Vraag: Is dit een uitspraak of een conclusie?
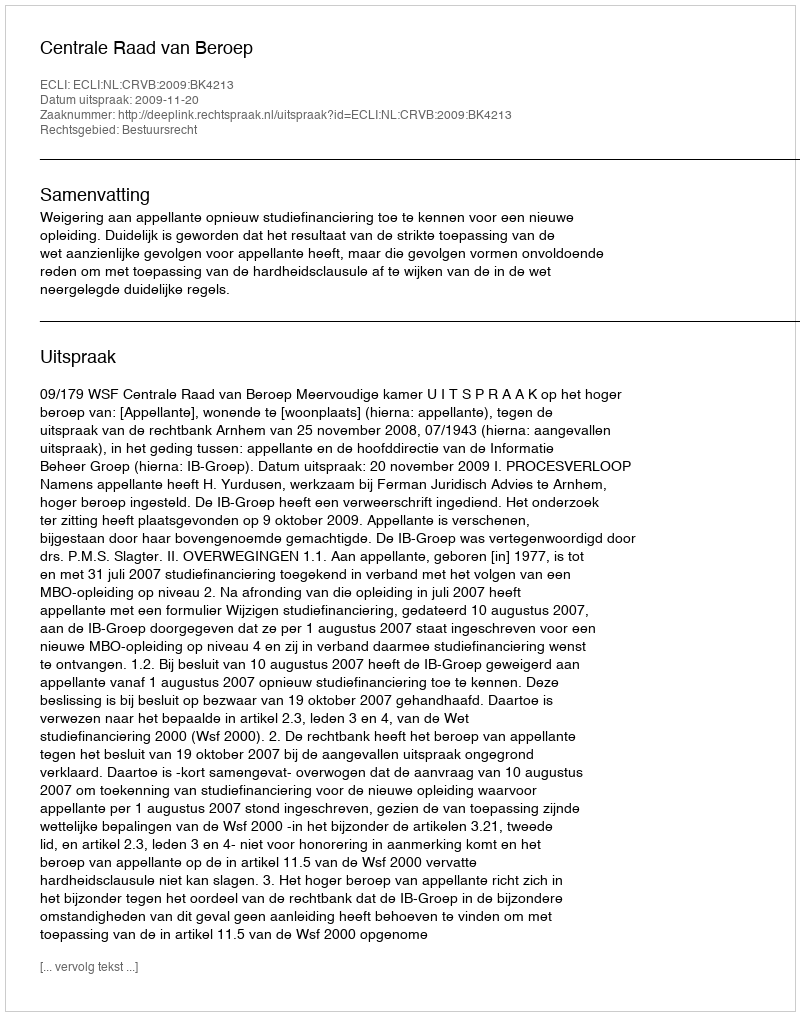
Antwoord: Uitspraak